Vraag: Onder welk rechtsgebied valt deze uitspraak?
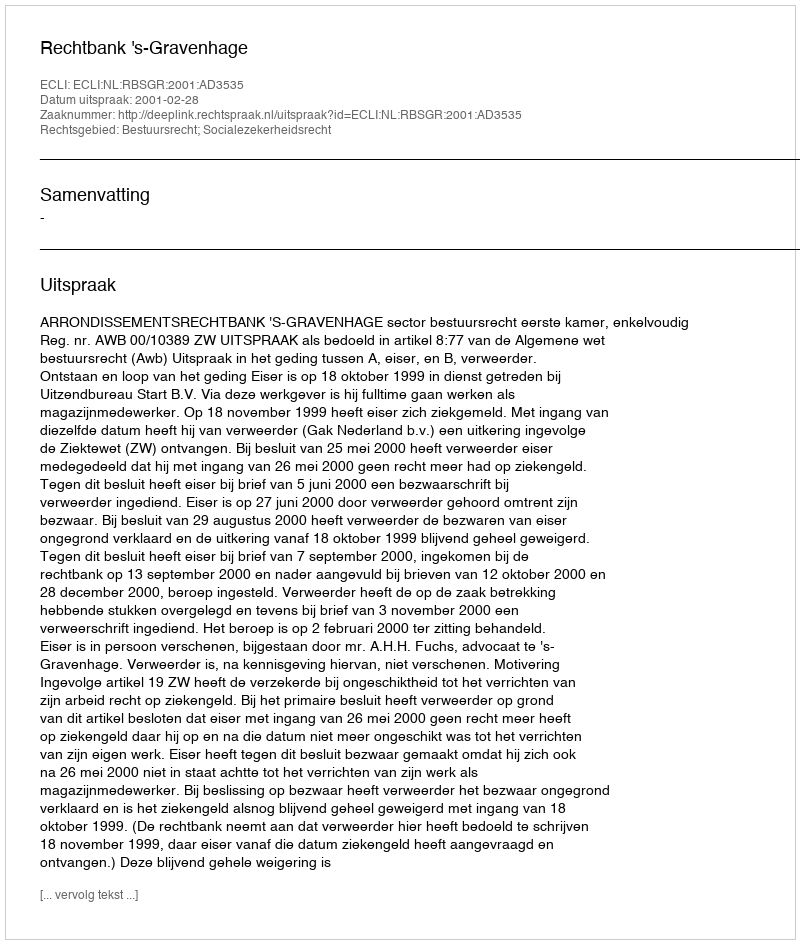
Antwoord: Bestuursrecht; Socialezekerheidsrecht